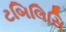
ટબિલિસિ